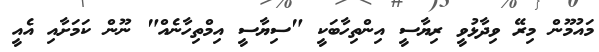
މައުމޫން މިރޭ ވިދާޅުވީ ރިޔާސީ އިންތިހާބަކީ "ސިޔާސީ އިމްތިހާނެއް" ނޫން ކަމަށާއި އެއީ